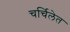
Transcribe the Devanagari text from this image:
चर्चिलेत